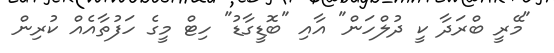
"މޭރީ ބްރަދާ ކީ ދުލްހަން" އާއި "ބޮޑީގާޑު" ހިޓް މީގެ ހަފުތާއެއް ކުރިން